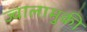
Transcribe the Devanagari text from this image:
ज्वालामुकी